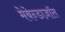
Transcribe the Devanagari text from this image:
मेबेन्डाज़ॉल